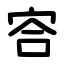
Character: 㝓